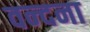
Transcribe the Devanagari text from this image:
वन्‍दना